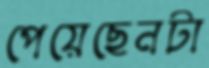
পেয়েছেনটা